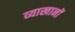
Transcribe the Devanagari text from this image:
व्याखानों